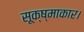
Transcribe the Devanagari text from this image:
सूक्ष्माकार।